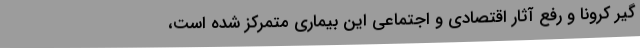
گیر کرونا و رفع آثار اقتصادی و اجتماعی این بیماری متمرکز شده است،